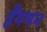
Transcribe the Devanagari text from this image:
हँगमन